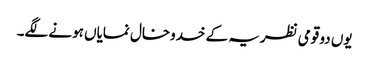
یوں دو قومی نظریہ کے خدوخال نمایاں ہونے لگے۔